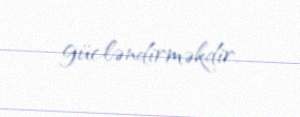
gücləndirməkdir.